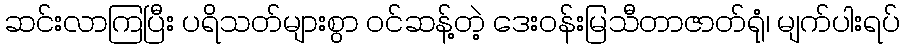
ဆင်းလာကြပြီး ပရိသတ်များစွာ ဝင်ဆန့်တဲ့ ဒေးဝန်းမြသီတာဇာတ်ရုံ၊ မျက်ပါးရပ်